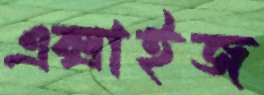
এক্সাইজ